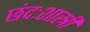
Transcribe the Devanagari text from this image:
छंदःशास्त्री